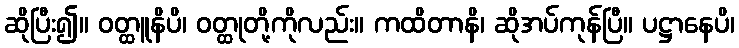
ဆိုပြီး၍။ ဝတ္ထူနိပိ၊ ဝတ္ထုတို့ကိုလည်း။ ကထိတာနိ၊ ဆိုအပ်ကုန်ပြီ။ ပဋ္ဌာနေပိ၊